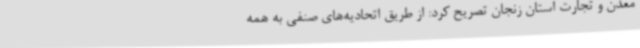
معدن و تجارت استان زنجان تصریح کرد: از طریق اتحادیه‌های صنفی به همه